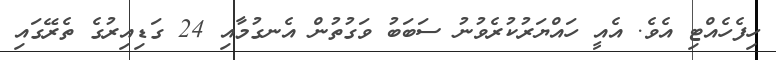
ހިފެހެއްޓި އެވެ. އެއީ ހައްޔަރުކުރެވުނު ސަބަބު ވަގުތުން އެނގުމާއި 24 ގަޑިއިރުގެ ތެރޭގައި